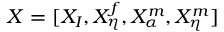
X = [ X _ { I } , X _ { \eta } ^ { f } , X _ { \alpha } ^ { m } , X _ { \eta } ^ { m } ]